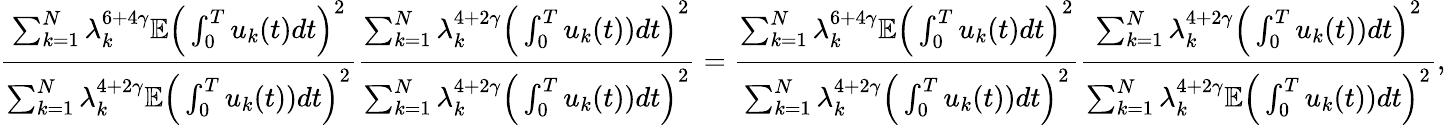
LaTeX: \frac{\sum_{k=1}^{N}\lambda_{k}^{6+4\gamma}\mathbb E\Big(\int_{0}^{T}u_{k}(t)dt\Big)^{2}}{\sum_{k=1}^{N}\lambda_{k}^{4+2\gamma}\mathbb E\Big(\int_{0}^{T}u_{k}(t))dt\Big)^{2}}\frac{\sum_{k=1}^{N}\lambda_{k}^{4+2\gamma}\Big(\int_{0}^{T}u_{k}(t))dt\Big)^{2}}{\sum_{k=1}^{N}\lambda_{k}^{4+2\gamma}\Big(\int_{0}^{T}u_{k}(t))dt\Big)^{2}}=\frac{\sum_{k=1}^{N}\lambda_{k}^{6+4\gamma}\mathbb E\Big(\int_{0}^{T}u_{k}(t)dt\Big)^{2}}{\sum_{k=1}^{N}\lambda_{k}^{4+2\gamma}\Big(\int_{0}^{T}u_{k}(t))dt\Big)^{2}}\frac{\sum_{k=1}^{N}\lambda_{k}^{4+2\gamma}\Big(\int_{0}^{T}u_{k}(t))dt\Big)^{2}}{\sum_{k=1}^{N}\lambda_{k}^{4+2\gamma}\mathbb E\Big(\int_{0}^{T}u_{k}(t))dt\Big)^{2}},